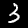
Digit: 3